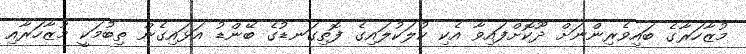
މުޒާހަރާގެ ބައިވެރިންނަށް ދޫކޮށްފައިވާ އެކި ކުލަކުލައިގެ ފޮތިގަނޑުގެ ބޭންޑު އަޅައިގެން ތިބުމަކީ މުޒާހަރާއި